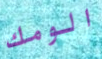
الومك